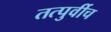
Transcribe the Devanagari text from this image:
तत्पुर्वीच